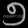
Digit: ၅